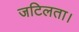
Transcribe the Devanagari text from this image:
जटिलता।